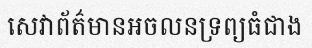
សេវាព័ត៌មានអចលនទ្រព្យធំជាង